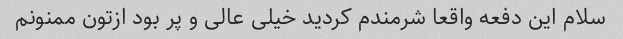
سلام این دفعه واقعا شرمندم کردید خیلی عالی و پر بود ازتون ممنونم